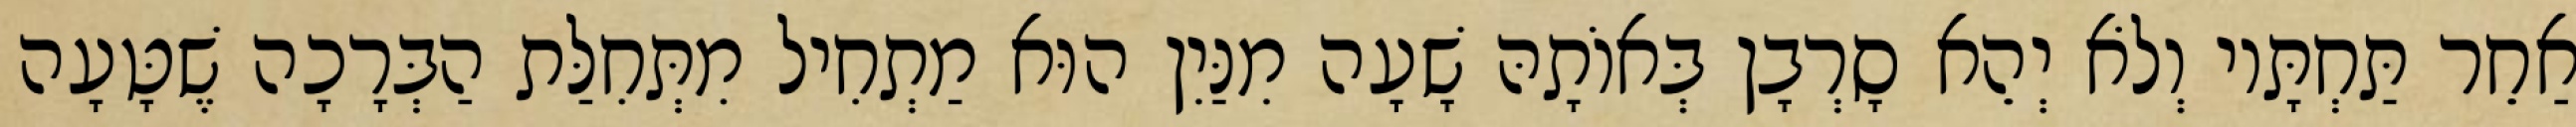
אַחֵר תַּחְתָּיו וְלֹא יְהֵא סָרְבָן בְּאוֹתָהּ שָׁעָה מִנַּיִן הוּא מַתְחִיל מִתְּחִלַּת הַבְּרָכָה שֶׁטָּעָה